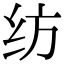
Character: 纺